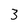
Character: 3